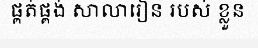
ផ្គត់ផ្គង់ សាលារៀន របស់ ខ្លួន